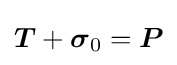
{\boldsymbol {T}}+{\boldsymbol {\sigma }}_{0}={\boldsymbol {P}}